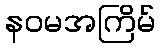
နဝမအကြိမ်